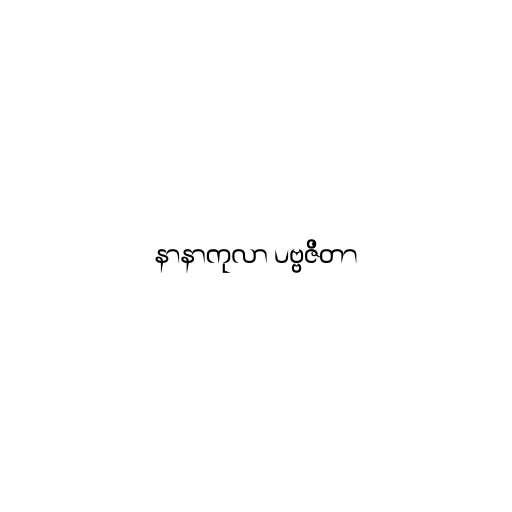
နာနာကုလာ ပဗ္ဗဇိတာ